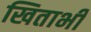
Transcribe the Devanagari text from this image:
खिताभी